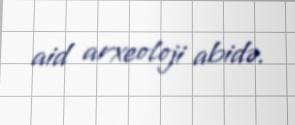
aid arxeoloji abidə.